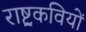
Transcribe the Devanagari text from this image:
राष्ट्रकवियों